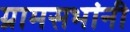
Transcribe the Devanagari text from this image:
ग्रामसभांनी